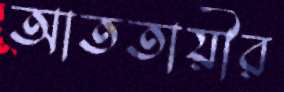
আততায়ীর